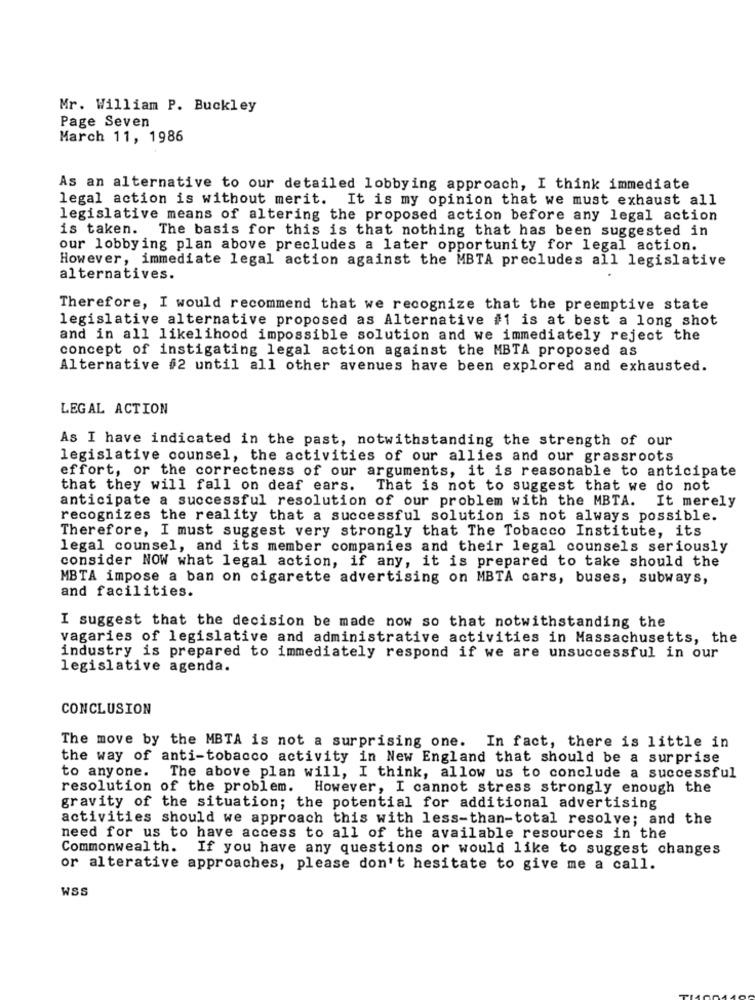
Mr. William P. Buckley
Page Seven
March 11, 1986
As an alternative to our detailed lobbying approach, I think immediate
legal action is without merit. It is my opinion that we must exhaust all
legislative means of altering the proposed action before any legal action
is taken. The basis for this is that nothing that has been suggested in
our lobbying plan above precludes a later opportunity for legal action.
However, immediate legal action against the MBTA precludes all legislative
alternatives.
Therefore, I would recommend that we recognize that the preemptive state
legislative alternative proposed as Alternative #1 is at best a long shot
and in all likelihood impossible solution and we immediately reject the
concept of instigating legal action against the MBTA proposed as
Alternative #2 until all other avenues have been explored and exhausted.
LEGAL ACTION
As I have indicated in the past, notwithstanding the strength of our
legislative counsel, the activities of our allies and our grassroots
effort, or the correctness of our arguments, it is reasonable to anticipate
that they will fall on deaf ears.
That is not to suggest that we do not
anticipate a successful resolution of our problem with the MBTA.
It merely
recognizes the reality that a successful solution is not always possible.
Therefore, I must suggest very strongly that The Tobacco Institute, its
legal counsel, and its member companies and their legal counsels seriously
consider NOW what legal action, if any, it is prepared to take should the
MBTA impose a ban on cigarette advertising on MBTA cars, buses, subways,
and facilities.
I suggest that the decision be made now so that notwithstanding the
vagaries of legislative and administrative activities in Massachusetts, the
industry is prepared to immediately respond if we are unsuccessful in our
legislative agenda.
CONCLUSION
The move by the MBTA is not a surprising one. In fact, there is little in
the way of anti-tobacco activity in New England that should be a surprise
to anyone.
The above plan will, I think, allow us to conclude a successful
resolution of the problem. However, I cannot stress strongly enough the
gravity of the situation; the potential for additional advertising
activities should we approach this with less-than-total resolve; and the
need for us to have access to all of the available resources in the
Commonwealth. If you have any questions or would like to suggest changes
or alterative approaches, please don't hesitate to give me a call.
WSS